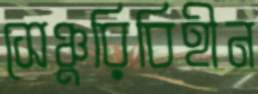
সেঞ্চুরিবিহীন